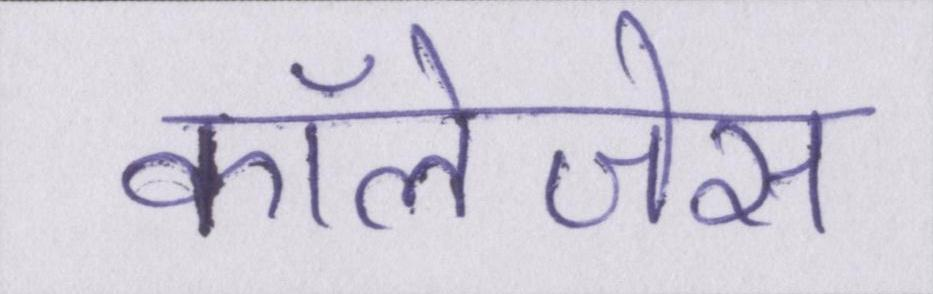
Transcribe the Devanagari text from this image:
कॉलेजेस